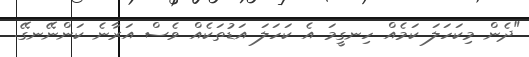
"ދެން މިކަހަލަ ކަމެއް ހިނގީމަ އެ ކަހަލަ އަޑުތަކެއް ވެސް އަރާނެ ކަންނޭނގޭ.